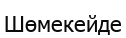
Шөмекейде